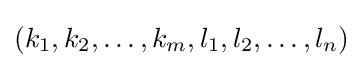
(k_{1},k_{2},\dots ,k_{m},l_{1},l_{2},\dots ,l_{n})